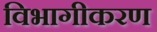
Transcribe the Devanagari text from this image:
विभागीकरण